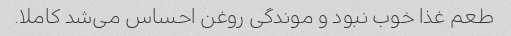
طعم غذا خوب نبود و موندگی روغن احساس می‌شد کاملا.